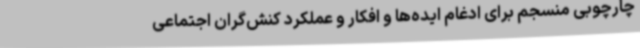
چارچوبی منسجم برای ادغام ایده‌ها و افکار و عملکرد کنش‌گران اجتماعی